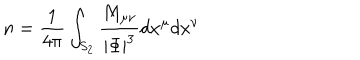
n = { \frac { 1 } { 4 \pi } } \int _ { S _ { 2 } } { \frac { M _ { \mu \nu } } { | \Phi | ^ { 3 } } } d x ^ { \mu } d x ^ { \nu }